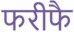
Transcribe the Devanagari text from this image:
फरीफै